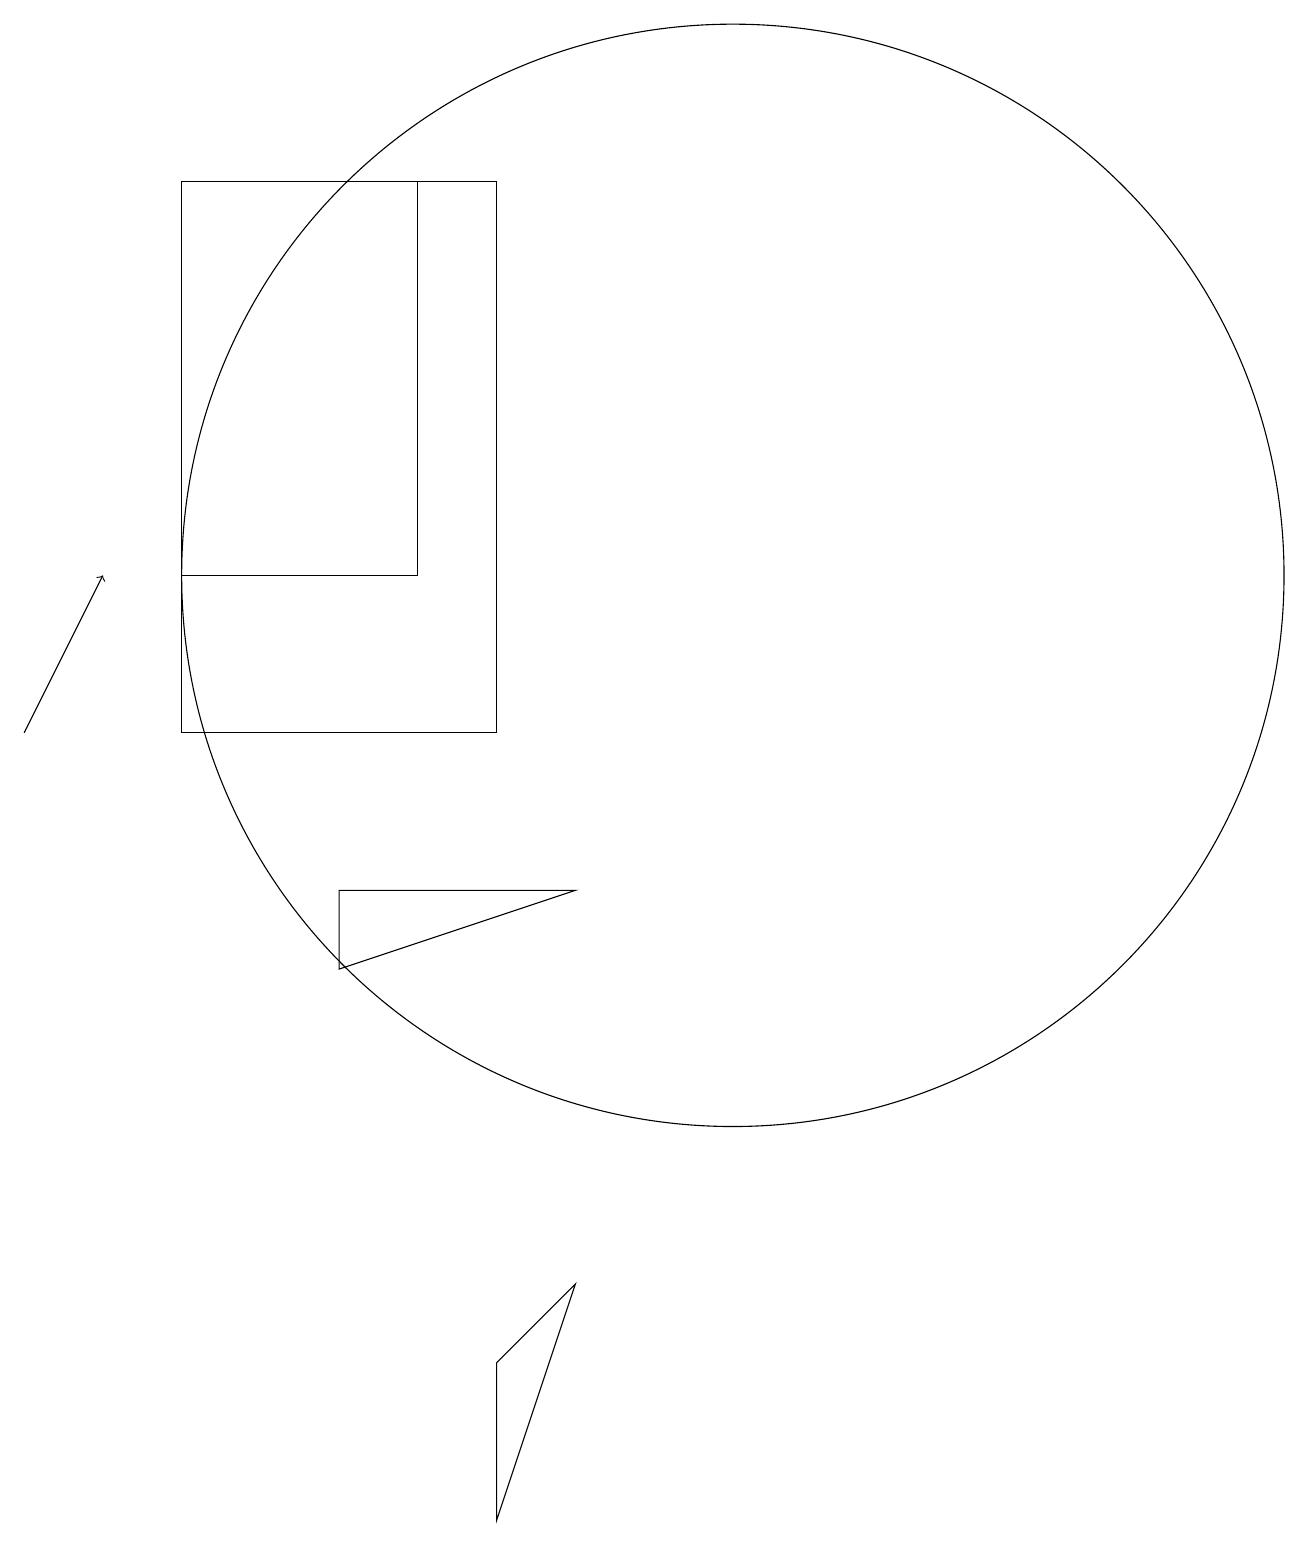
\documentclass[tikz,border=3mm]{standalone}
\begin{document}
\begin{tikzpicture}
\draw[->] (2,10) -- (3,12);
\draw (8,0) -- (8,2) -- (9,3) -- cycle;
\draw (6,8) -- (6,7) -- (9,8) -- cycle;
\draw (11,12) circle (7);
\draw (8,10) rectangle (4,17);
\draw (4,17) rectangle (7,12);
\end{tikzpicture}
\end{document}